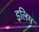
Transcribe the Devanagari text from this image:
इलिम